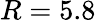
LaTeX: R=5.8